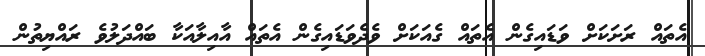
އެތައް ރަށަކަށް ވަޑައިގެން އެތައް ގެއަކަށް ވެދެވަޑައިގެން އެތައް އާއިލާއަކާ ބައްދަލުވެ ރައްޔިތުން